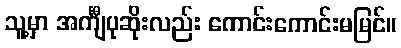
သူ့မှာ အင်္ကျီပုဆိုးလည်း ကောင်းကောင်းမမြင်။